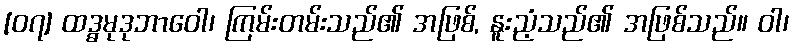
[၀၇] ထဒ္ဓမုဒုဘာဝေါ၊ ကြမ်းတမ်းသည်၏ အဖြစ်, နူးညံ့သည်၏ အဖြစ်သည်။ ဝါ၊